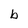
Character: b